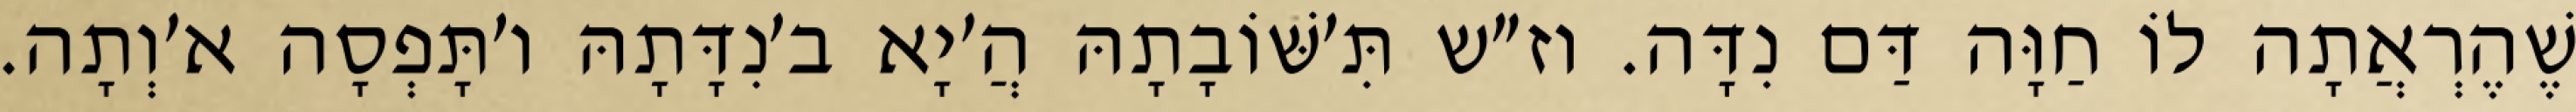
שֶׁהֶרְאֲתָה לוֹ חַוָּה דַּם נִדָּה. וז״ש תִּ׳שּׁוֹבָתָהּ הֲ׳יָא ב׳נִדָּתָהּ ו׳תָּפְסָה א׳וְתָה.